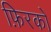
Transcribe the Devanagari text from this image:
फ़िरकों